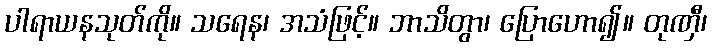
ပါရာယနသုတ်ကို။ သရေန၊ အသံဖြင့်။ ဘာသိတွာ၊ ပြောဟော၍။ တုဏှီ၊